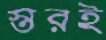
স্তরই